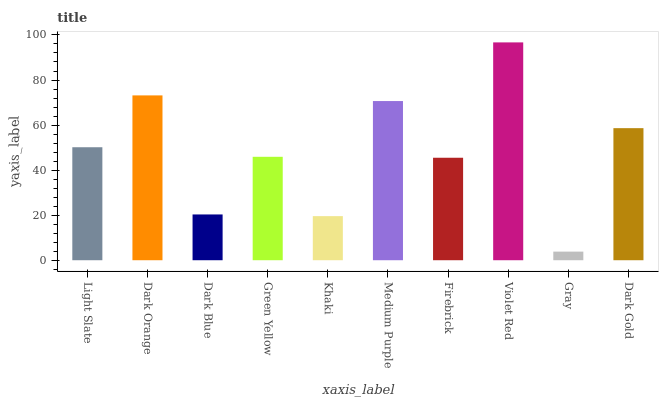
| xaxis_label | bars |
 | --- | --- |
 | Light Slate | 50.2 |
 | Dark Orange | 73.2 |
 | Dark Blue | 20.3 |
 | Green Yellow | 45.9 |
 | Khaki | 19.6 |
 | Medium Purple | 70.7 |
 | Firebrick | 45.5 |
 | Violet Red | 96.7 |
 | Gray | 3.82 |
 | Dark Gold | 58.6 |